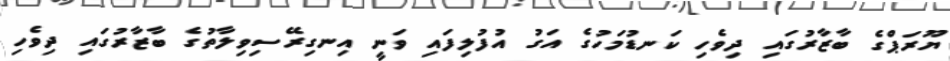
ޔޫރަޕްގެ ބާޒާރުގައި ދިވެހި ކަނޑުމަހުގެ އަގު އުފުލިފައި ވަނީ އިނގިރޭސިވިލާތުގެ ބާޒާރުގައި ދިވެހި